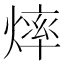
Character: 𱬎